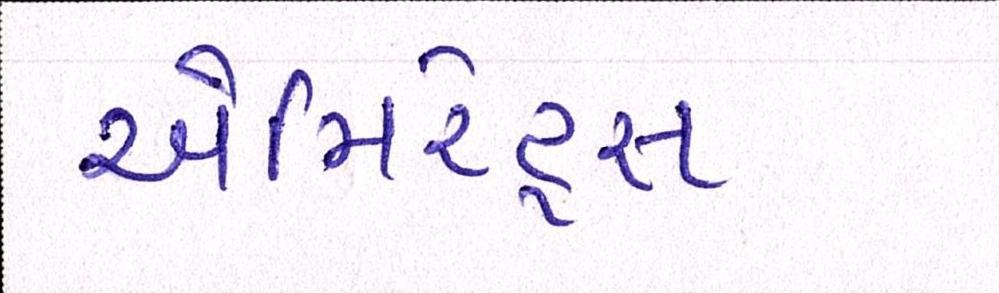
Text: એમિરેટ્સ